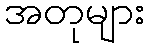
အတုများ